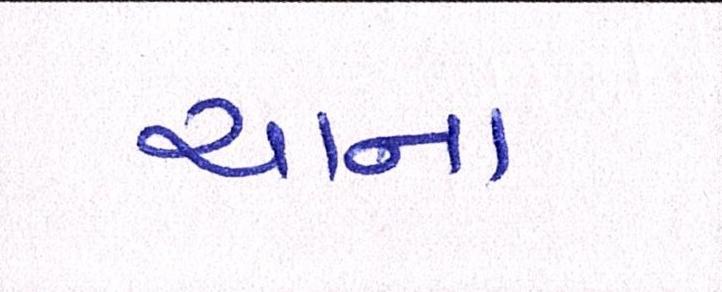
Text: ચાના